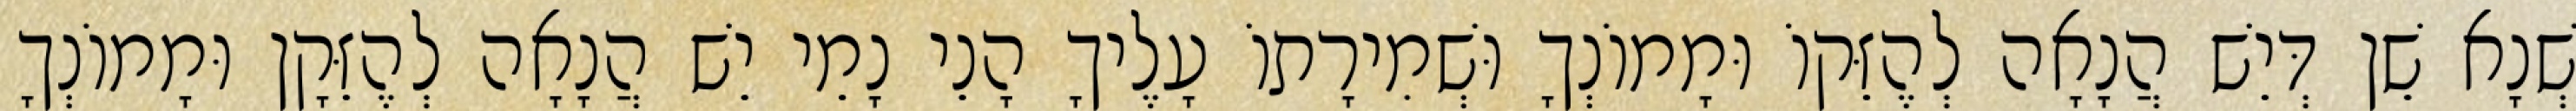
שְׁנָא שֵׁן דְּיֵשׁ הֲנָאָה לְהֶזֵּקוֹ וּמָמוֹנְךָ וּשְׁמִירָתוֹ עָלֶיךָ הָנֵי נָמֵי יֵשׁ הֲנָאָה לְהֶזֵּקָן וּמָמוֹנְךָ